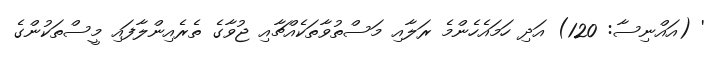
' (އައްނިސާ: 120) އަދި ހަމައެހެންމެ ރަލާއި މަސްތުވާތަކެއްޗާއި ޖުވާގެ ތެރެއިންލާފައި މީސްތަކުންގެ